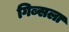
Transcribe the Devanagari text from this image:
गिब्सला